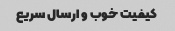
کیفیت خوب و‌ ارسال سریع